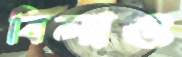
বিলাও